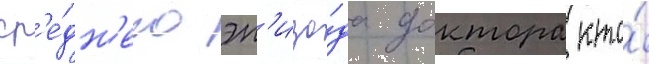
ср'е́дн'его эп'изо́да доктора кто́